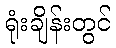
ရုံးချိန်းတွင်